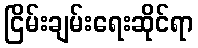
ငြိမ်းချမ်းရေးဆိုင်ရာ